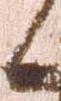
日